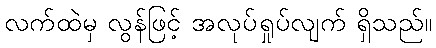
လက်ထဲမှ လွန်ဖြင့် အလုပ်ရှုပ်လျက် ရှိသည်။